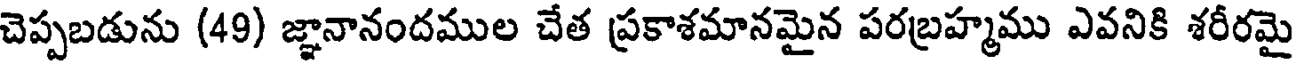
చెప్పబడును (49) జ్ఞానానందముల చేత ప్రకాశమానమైన పరబ్రహ్మము ఎవనికి శరీరమై